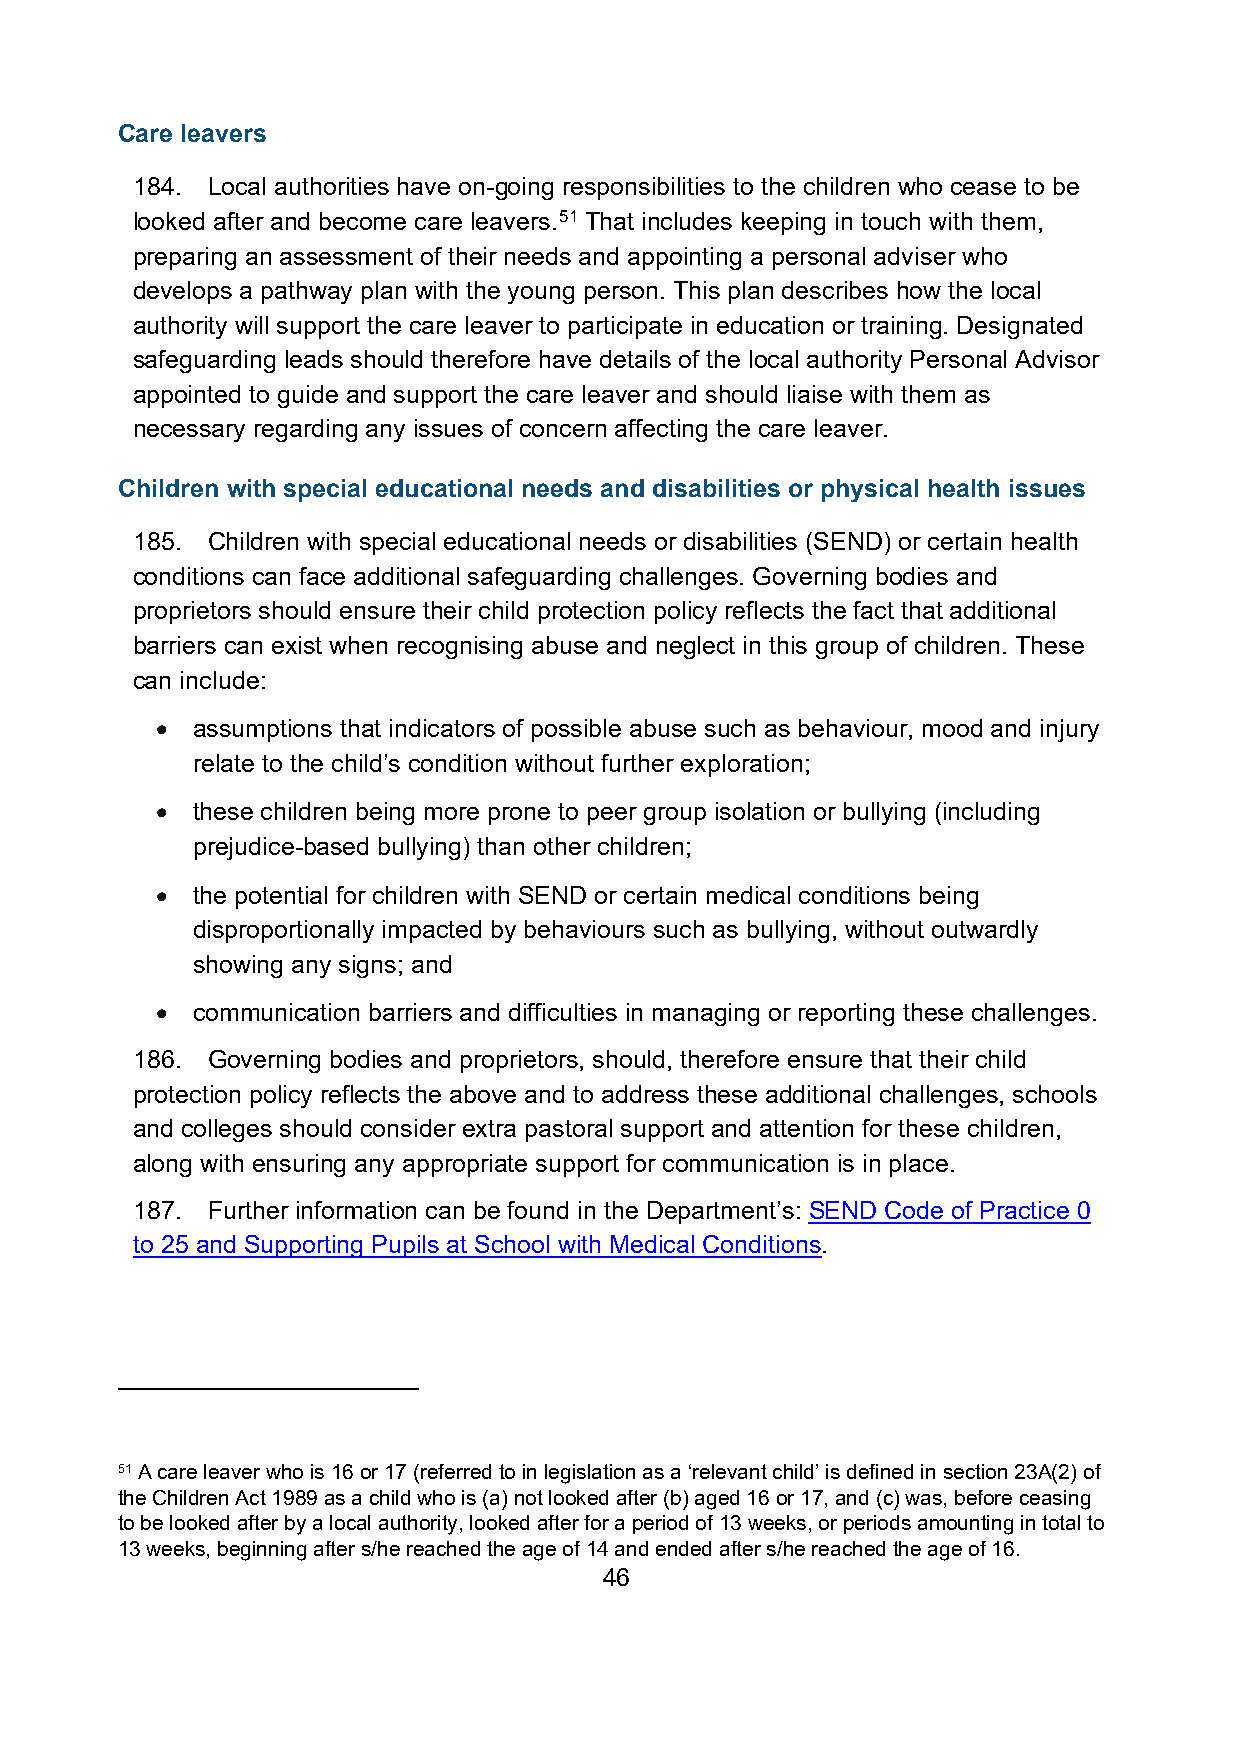
Care leavers
 184. Local authorities have on-going responsibilities to the children who cease to be
 looked after and become care leavers.51 That includes keeping in touch with them,
 preparing an assessment of their needs and appointing a personal adviser who
 develops a pathway plan with the young person. This plan describes how the local
 authority will support the care leaver to participate in education or training. Designated
 safeguarding leads should therefore have details of the local authority Personal Advisor
 appointed to guide and support the care leaver and should liaise with them as
 necessary regarding any issues of concern affecting the care leaver.
 Children with special educational needs and disabilities or physical health issues
 185. Children with special educational needs or disabilities (SEND) or certain health
 conditions can face additional safeguarding challenges. Governing bodies and
 proprietors should ensure their child protection policy reflects the fact that additional
 barriers can exist when recognising abuse and neglect in this group of children. These
 can include:
 •  assumptions that indicators of possible abuse such as behaviour, mood and injury
 relate to the child’s condition without further exploration;
 •  these children being more prone to peer group isolation or bullying (including
 prejudice-based bullying) than other children;
 •  the potential for children with SEND or certain medical conditions being
 disproportionally impacted by behaviours such as bullying, without outwardly
 showing any signs; and
 •  communication barriers and difficulties in managing or reporting these challenges.
 186. Governing bodies and proprietors, should, therefore ensure that their child
 protection policy reflects the above and to address these additional challenges, schools
 and colleges should consider extra pastoral support and attention for these children,
 along with ensuring any appropriate support for communication is in place.
 187. Further information can be found in the Department’s: SEND Code of Practice 0
 to 25 and Supporting Pupils at School with Medical Conditions.
 51 A care leaver who is 16 or 17 (referred to in legislation as a ‘relevant child’ is defined in section 23A(2) of
 the Children Act 1989 as a child who is (a) not looked after (b) aged 16 or 17, and (c) was, before ceasing
 to be looked after by a local authority, looked after for a period of 13 weeks, or periods amounting in total to
 13 weeks, beginning after s/he reached the age of 14 and ended after s/he reached the age of 16.
 46